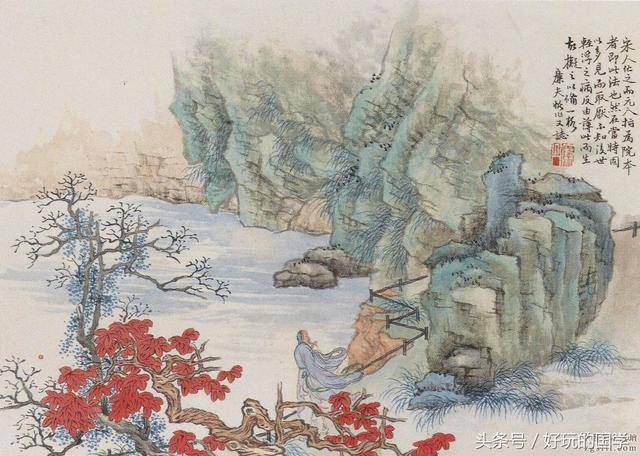
再折柳穿鱼，赏梅催雪。